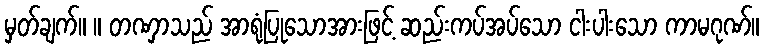
မှတ်ချက်။ ။ တဏှာသည် အာရုံပြုသောအားဖြင့် ဆည်းကပ်အပ်သော ငါးပါးသော ကာမဂုဏ်။